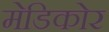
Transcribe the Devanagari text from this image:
मेडिकोर